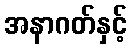
အနာဂတ်နှင့်